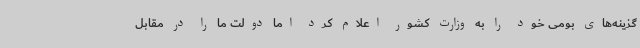
گزینه‌های بومی خود را به وزارت کشور اعلام کرد اما دولت ما را در مقابل